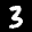
Label: 3